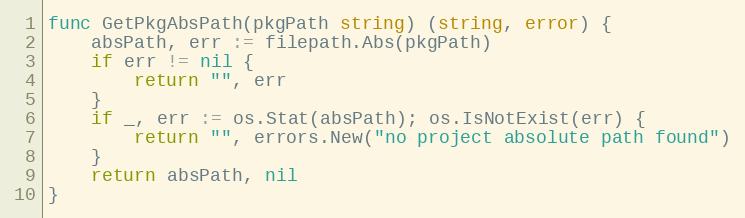
Language: Go
func GetPkgAbsPath(pkgPath string) (string, error) {
	absPath, err := filepath.Abs(pkgPath)
	if err != nil {
		return "", err
	}
	if _, err := os.Stat(absPath); os.IsNotExist(err) {
		return "", errors.New("no project absolute path found")
	}
	return absPath, nil
}